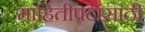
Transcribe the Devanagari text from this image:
माहितीपटांसाठी